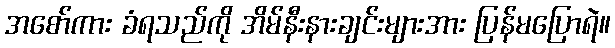
အစော်ကား ခံရသည်ကို အိမ်နီးနားချင်းများအား ပြန်မပြောရဲ။